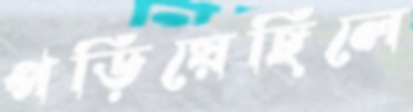
পড়িয়েছিলে